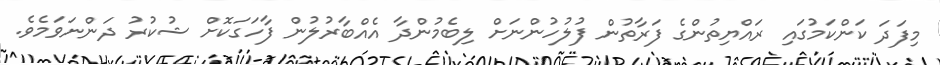
މިފަދަ ކަންކަމުގައި ރައްޔިތުންގެ ފަރާތުން ފުލުހުންނަށް ލިބެމުންދާ އެއްބާރުލުން ފާހަގަކޮށް ޝުކުރު ދަންނަވަމެވެ.